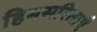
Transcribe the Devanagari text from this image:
हिमसरिताएँ